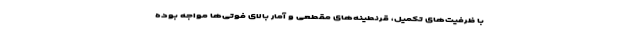
با ظرفیت‌های تکمیل، قرنطینه‌های مقطعی و آمار بالای فوتی‌ها مواجه بوده